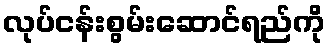
လုပ်ငန်းစွမ်းဆောင်ရည်ကို